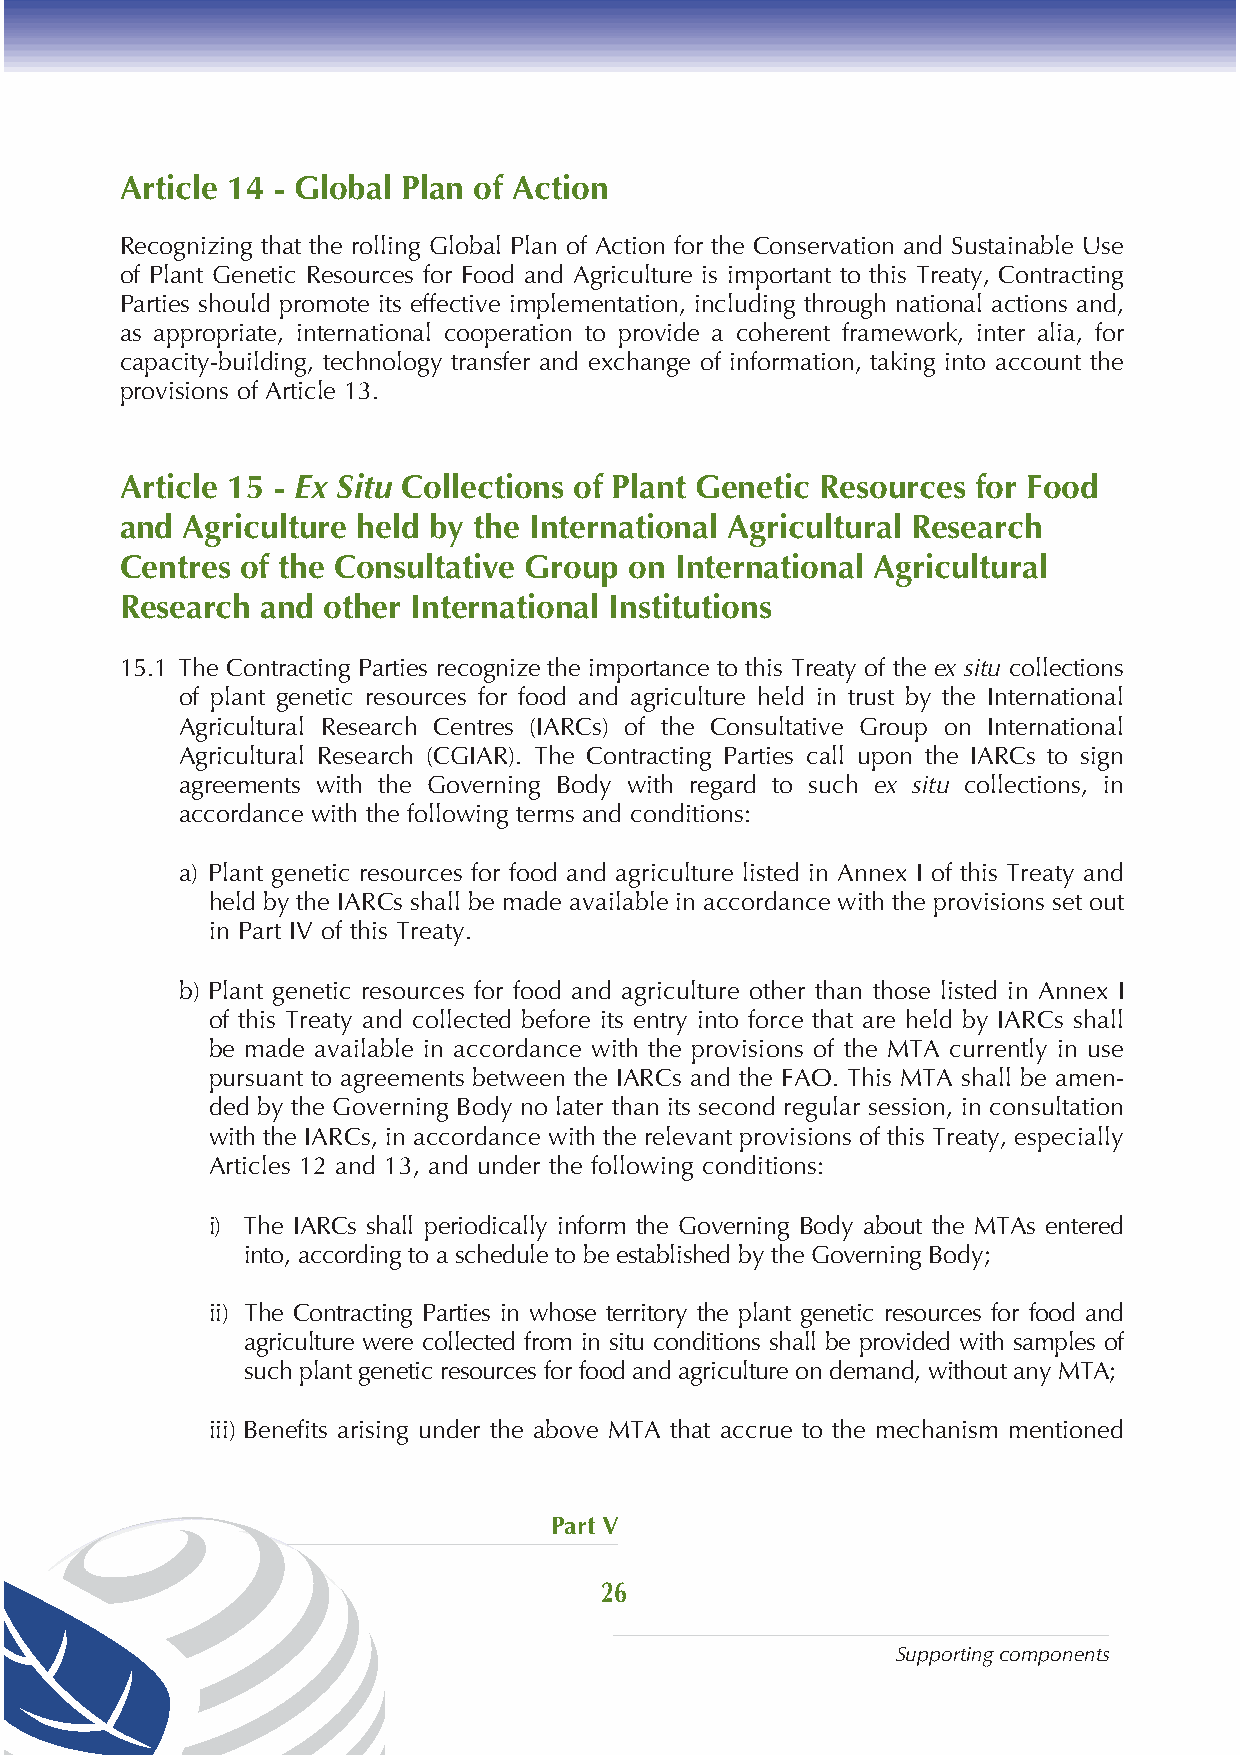
Article 14 - Global Plan of Action
 Recognizing that the rolling Global Plan of Action for the Conservation and Sustainable Use
 of Plant Genetic Resources for Food and Agriculture is important to this Treaty, Contracting
 Parties should promote its effective implementation, including through national actions and,
 as appropriate, international cooperation to provide a coherent framework, inter alia, for
 capacity-building, technology transfer and exchange of information, taking into account the
 provisions of Article 13.
 Article 15 - Ex Situ Collections of Plant Genetic Resources for Food
 and Agriculture held by the International Agricultural Research
 Centres of the Consultative Group on International Agricultural
 Research and other International Institutions
 15.1 The Contracting Parties recognize the importance to this Treaty of the ex situ collections
 of plant genetic resources for food and agriculture held in trust by the International
 Agricultural Research Centres (IARCs) of the Consultative Group on International
 Agricultural Research (CGIAR). The Contracting Parties call upon the IARCs to sign
 agreements with the Governing Body with regard to such ex situ collections, in
 accordance with the following terms and conditions:
 a) Plant genetic resources for food and agriculture listed in Annex I of this Treaty and
 held by the IARCs shall be made available in accordance with the provisions set out
 in Part IV of this Treaty.
 b) Plant genetic resources for food and agriculture other than those listed in Annex I
 of this Treaty and collected before its entry into force that are held by IARCs shall
 be made available in accordance with the provisions of the MTA currently in use
 pursuant to agreements between the IARCs and the FAO. This MTA shall be amen-
 ded by the Governing Body no later than its second regular session, in consultation
 with the IARCs, in accordance with the relevant provisions of this Treaty, especially
 Articles 12 and 13, and under the following conditions:
 i) The IARCs shall periodically inform the Governing Body about the MTAs entered
 into, according to a schedule to be established by the Governing Body;
 ii) The Contracting Parties in whose territory the plant genetic resources for food and
 agriculture were collected from in situ conditions shall be provided with samples of
 such plant genetic resources for food and agriculture on demand, without any MTA;
 iii) Benefits arising under the above MTA that accrue to the mechanism mentioned
 Part V
 26
 Supporting components